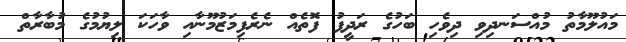
މައުލޫމާތު މުއްސަނދިވި ދިވެހި ބަހުގެ ރަދީފު ފޮތެއް ނެރެފިމަޒުމޫނާއި ވާހަކަ ލިޔުމުގެ މުބާރާތް